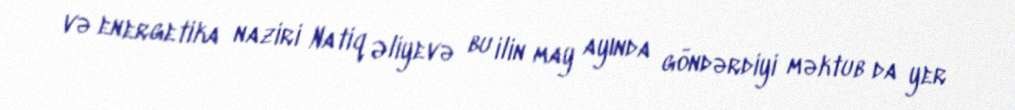
və energetika naziri Natiq Əliyevə bu ilin may ayında göndərdiyi məktub da yer